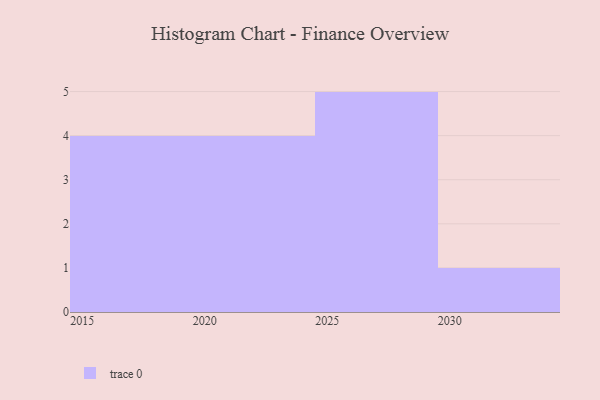
{"axis": {"x": "Year", "y": "Production Output"}, "legend": [""], "data": [{"x": "2024", "y": 19, "type": ""}, {"x": "2017", "y": 96, "type": ""}, {"x": "2019", "y": 50, "type": ""}, {"x": "2025", "y": 4, "type": ""}, {"x": "2029", "y": 95, "type": ""}, {"x": "2026", "y": 35, "type": ""}, {"x": "2015", "y": 79, "type": ""}, {"x": "2021", "y": 13, "type": ""}, {"x": "2028", "y": 43, "type": ""}, {"x": "2023", "y": 48, "type": ""}, {"x": "2030", "y": 28, "type": ""}, {"x": "2027", "y": 18, "type": ""}, {"x": "2016", "y": 13, "type": ""}, {"x": "2022", "y": 31, "type": ""}]}